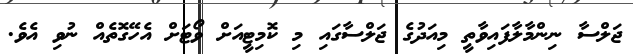
ޖަލްސާ ނިންމާލާފައިވާތީ މިއަދުގެ ޖަލްސާގައި މި ކޮމިޓީއަށް ވޯޓަށް އެހޭގޮތެއް ނުވި އެވެ.